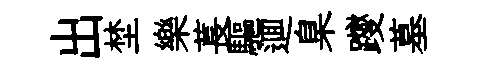
出埜樂萇驅逥臬躞墓